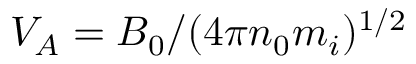
V _ { A } = B _ { 0 } / ( 4 \pi n _ { 0 } m _ { i } ) ^ { 1 / 2 }